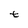
Character: t